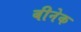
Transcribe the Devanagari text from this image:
बीनेक